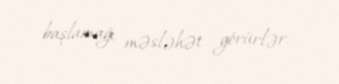
başlamağı məsləhət görürlər.